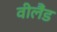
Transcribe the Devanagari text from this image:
वीलैंड